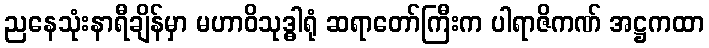
ညနေသုံးနာရီချိန်မှာ မဟာဝိသုဒ္ဓါရုံ ဆရာတော်ကြီးက ပါရာဇိကဏ် အဋ္ဌကထာ